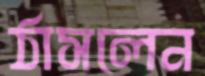
ঠাসলেন